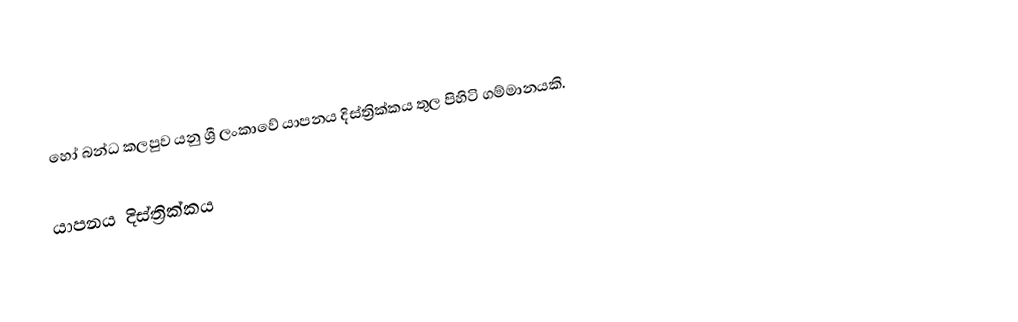
හෝ බන්ධ කලපුව යනු ශ්‍රී ලංකාවේ යාපනය දිස්ත්‍රික්කය තුල පිහිටි ගම්මානයකි.

යාපනය දිස්ත්‍රික්කය